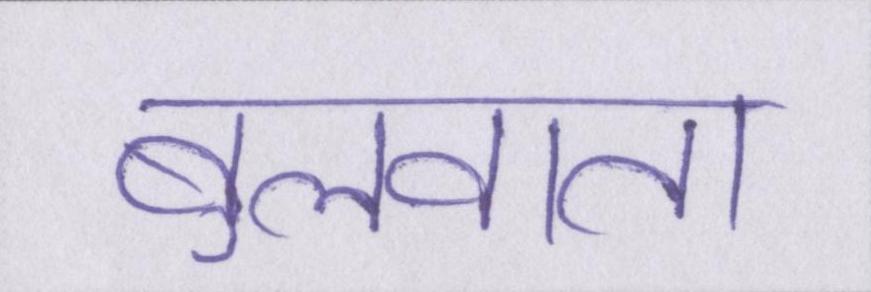
बुलवाता